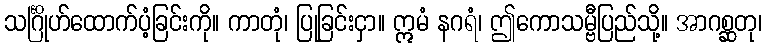
သင်္ဂြိုဟ်ထောက်ပံ့ခြင်းကို။ ကာတုံ၊ ပြုခြင်းငှာ။ ဣမံ နဂရံ၊ ဤကောသမ္ဗီပြည်သို့။ အာဂစ္ဆတု၊